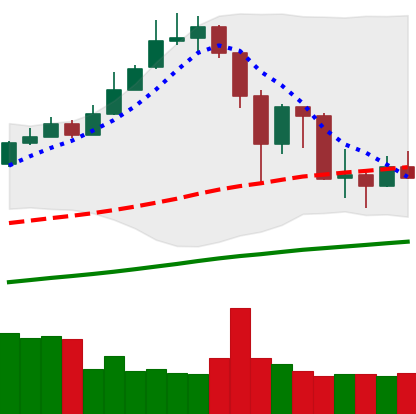
Ticker: XMR-USD
Chart end date: 2019-07-04
Forward return: 13.202%
Label: up_7plus